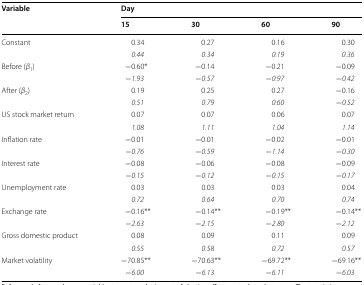
<table><thead><tr><td rowspan="2"><b>Variable</b></td><td colspan="4"><b>Day</b></td></tr><tr><td><b>15</b></td><td><b>30</b></td><td><b>60</b></td><td><b>90</b></td></tr></thead><tbody><tr><td rowspan="2">Constant</td><td>0.34</td><td>0.27</td><td>0.16</td><td>0.30</td></tr><tr><td><i>0.44</i></td><td><i>0.34</i></td><td><i>0.19</i></td><td><i>0.36</i></td></tr><tr><td rowspan="2">Before (<i>β</i><sub>1</sub>)</td><td>−0.60*</td><td>−0.14</td><td>−0.21</td><td>−0.09</td></tr><tr><td>−<i>1.93</i></td><td>−<i>0.57</i></td><td>−<i>0.97</i></td><td>−<i>0.42</i></td></tr><tr><td rowspan="2">After (<i>β</i><sub>2</sub>)</td><td>0.19</td><td>0.25</td><td>0.27</td><td>−0.16</td></tr><tr><td><i>0.51</i></td><td><i>0.79</i></td><td><i>0.60</i></td><td>−<i>0.52</i></td></tr><tr><td rowspan="2">US stock market return</td><td>0.07</td><td>0.07</td><td>0.06</td><td>0.07</td></tr><tr><td><i>1.08</i></td><td><i>1.11</i></td><td><i>1.04</i></td><td><i>1.14</i></td></tr><tr><td rowspan="2">Inflation rate</td><td>−0.01</td><td>−0.01</td><td>−0.02</td><td>−0.01</td></tr><tr><td>−<i>0.76</i></td><td>−<i>0.59</i></td><td>−<i>1.14</i></td><td>−<i>0.30</i></td></tr><tr><td rowspan="2">Interest rate</td><td>−0.08</td><td>−0.06</td><td>−0.08</td><td>−0.09</td></tr><tr><td>−<i>0.15</i></td><td>−<i>0.12</i></td><td>−<i>0.15</i></td><td>−<i>0.17</i></td></tr><tr><td rowspan="2">Unemployment rate</td><td>0.03</td><td>0.03</td><td>0.03</td><td>0.04</td></tr><tr><td><i>0.72</i></td><td><i>0.64</i></td><td><i>0.70</i></td><td><i>0.74</i></td></tr><tr><td rowspan="2">Exchange rate</td><td>−0.16**</td><td>−0.14**</td><td>−0.19**</td><td>−0.14**</td></tr><tr><td>−<i>2.63</i></td><td>−<i>2.15</i></td><td>−<i>2.80</i></td><td>−<i>2.12</i></td></tr><tr><td rowspan="2">Gross domestic product</td><td>0.08</td><td>0.09</td><td>0.11</td><td>0.09</td></tr><tr><td><i>0.55</i></td><td><i>0.58</i></td><td><i>0.72</i></td><td><i>0.57</i></td></tr><tr><td rowspan="2">Market volatility</td><td>−70.85**</td><td>−70.63**</td><td>−69.72**</td><td>−69.16**</td></tr><tr><td>−<i>6.00</i></td><td>−<i>6.13</i></td><td>−<i>6.11</i></td><td>−<i>6.03</i></td></tr></tbody></table>